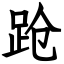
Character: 跄